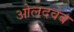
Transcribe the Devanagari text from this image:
ओलदवेब